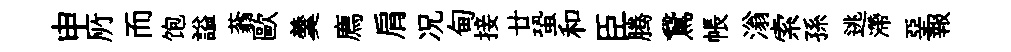
申𠩄而饱謚蓊歐羹廌肩况甸接廿蛩和臣腾鵞帳滃索孫逃滯堊報